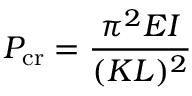
P _ { \mathrm { c r } } = { \frac { \pi ^ { 2 } E I } { ( K L ) ^ { 2 } } }